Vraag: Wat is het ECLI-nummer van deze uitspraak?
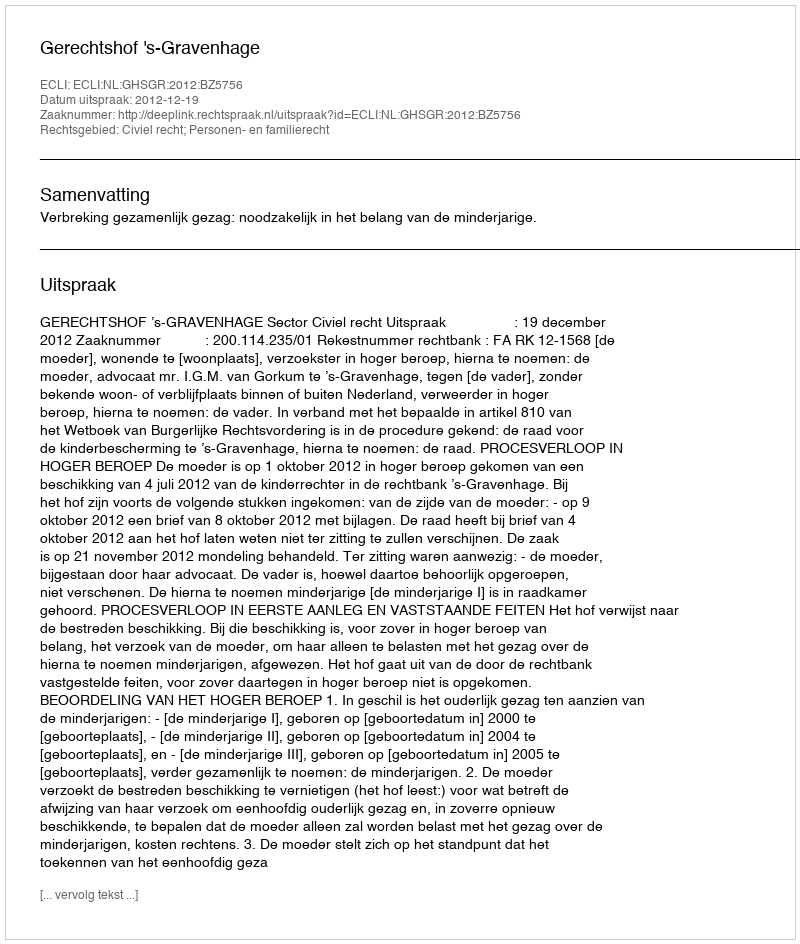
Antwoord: ECLI:NL:GHSGR:2012:BZ5756